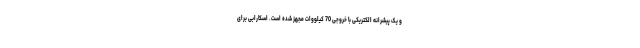
و یک پیشرانه الکتریکی با خروجی 70 کیلووات مجهز شده است. اسکارابی برای